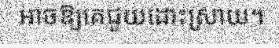
អាចឱ្យគេជួយដោះស្រាយ។